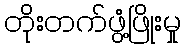
တိုးတက်ဖွံ့ဖြိုးမှု